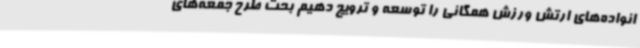
انواده‌های ارتش ورزش همگانی را توسعه و ترویج دهیم بحث طرح جمعه‌های